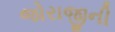
જોરાજીની